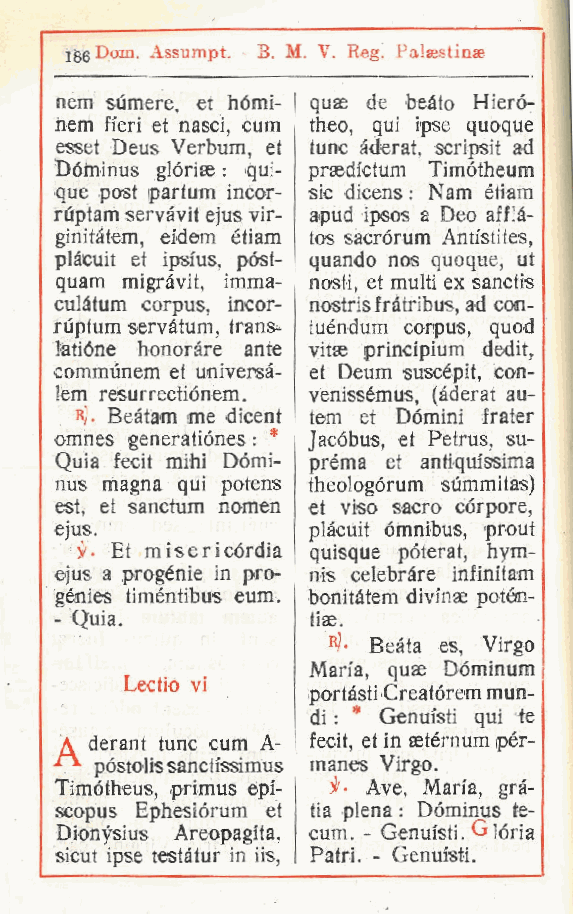
jgeDom. Assumpt. - B. M. V. Reg. Palsestinse
 nem sumere et homi- quae de beato Hiero-
 ,
 nem fieri et nasci cum theo, qui ipse quoque
 ,
 esset Deus Verbum et tunc àderat, scripsit ad
 ,
 Dóminus gloriae : qui- prsedictum Timótheum
 que post partum incor- sic dicens : Nam étiam
 rùptam servàvit ejus vir- apud ipsos a Deo afflà-
 ginifàtem, eidem étiam tos sacrórum Anti'stites,
 plàcuit et ipsius. póst- quando nos quoque, ut
 quam migràvit, imma- nosti, et multi ex sanctis
 culàtum corpus, incor- nostris fràtribus, ad con-
 rùptum servàtum trans- fuéndum corpus, quod
 ,
 latióne honoràre ante vitse principium dedit,
 commùnem et universà- et Deum suscépit, con-
 !em resurrectiónem. venissémus, (àderat au-
 R). Beàtam me dicent tem et Dòmini frater
 omnes generatiónes : * Jacóbus, et Petrus, su-
 Quia fecit mihi Dómi- prèma et antiqufssima
 nus magna qui potens theologòrum summitas)
 est, et sanctum nomen et viso sacro còrpore,
 ejus.           plàcuit òmnibus, prout
 i/- Et misericòrdia quisque pòterat, hym-
 ejus a progènie in pro- nis celebrare infim'tam
 génies timéntibus eum. bonitàtem divinas potén-
 Quia.          tiae.
 -
 «J- Beàta es Virgo
 ,
 Maia, quse Dóminum
 Lectio vi
 portàsti Creatòrem mun-
 di : * Genuisti qui te
 A derant tunc cum A- fecit, et in aetèrnum ipèr-
 póstolissanctissimus manes Virgo.
 Timótheus primus epi- Ave, Maria, grà-
 ,
 scopus Ephesiórum et tia piena : Dòminus te-
 Dionysius Areopagi'ta, cum. - Genufsti. Glòria
 sicut ipse testàtur in iis, Patri. - Genui'sti.
 r